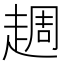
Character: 䞴